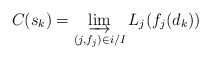
\begin{align*}C(s_k)=\varinjlim_{(j,f_j)\in i/I} L_j(f_j(d_k)) \ \end{align*}